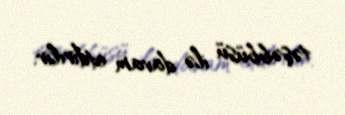
təşəbbüsü ilə davam etdirilir.